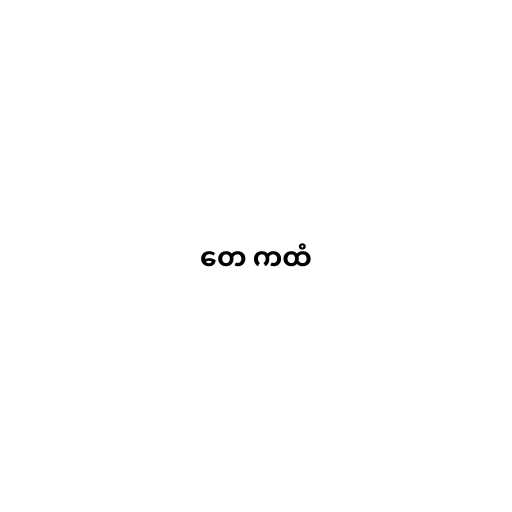
တေ ကထံ